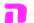
ה